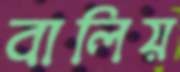
বালিয়